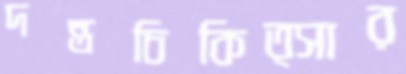
দন্তচিকিত্সার